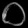
Digit: ၀